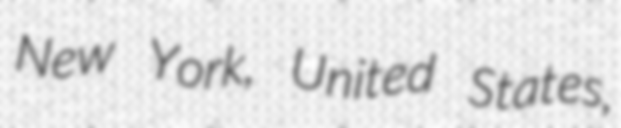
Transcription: New York, United States,